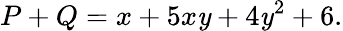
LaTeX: P+Q=x+5x\mathit{y}+4\mathit{y}^{2}+6.